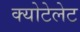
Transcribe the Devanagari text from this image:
क्योटेलेट